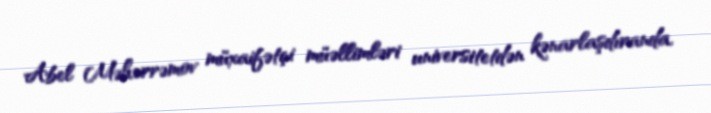
Abel Məhərrəmov müxaifətçi müəllimləri universitetdən kənarlaşdıranda,